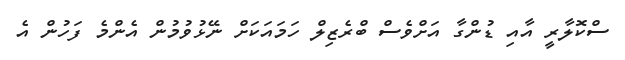
ސްކޮލާރީ އާއި ޑުންގާ އަށްވެސް ބްރެޒިލް ހަމައަކަށް ނޭޅުވުމުން އެންމެ ފަހުން އެ